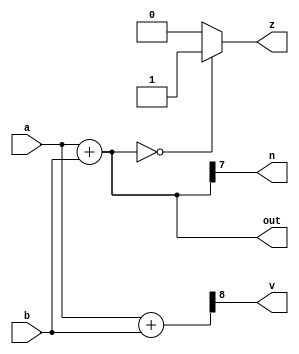
/*
   This file was generated automatically by the Mojo IDE version B1.3.4.
   Do not edit this file directly. Instead edit the original Lucid source.
   This is a temporary file and any changes made to it will be destroyed.
*/

module eightbitadder_4 (
    input [7:0] a,
    input [7:0] b,
    output reg [7:0] out,
    output reg z,
    output reg v,
    output reg n
  );
  
  
  
  reg [7:0] x;
  
  reg [8:0] y;
  
  always @* begin
    x = a + b;
    y = a + b;
    out = x;
    if (x == 1'h0) begin
      z = 1'h1;
    end else begin
      z = 1'h0;
    end
    v = y[8+0-:1];
    n = x[7+0-:1];
  end
endmodule